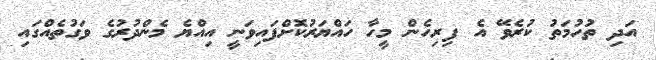
އަދި ތުހުމަތު ކުރެވޭ އެ ފިރިހެން މީހާ ހައްޔަރުކޮށްފައިވަނީ އިއްޔެ މެންދުރުގެ ވަގުތެއްގައި